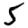
Digit: 5